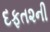
દફત૨ની